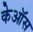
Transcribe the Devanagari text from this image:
केऑस